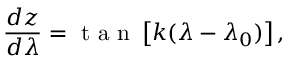
\frac { d z } { d \lambda } = \textrm { t a n } \left[ k ( \lambda - \lambda _ { 0 } ) \right] ,